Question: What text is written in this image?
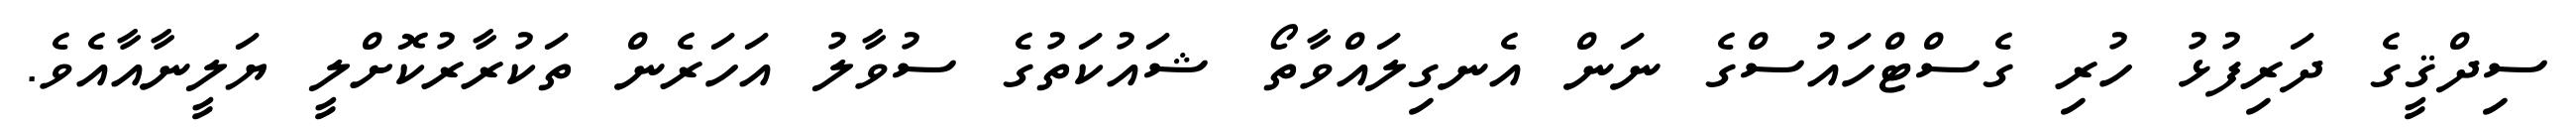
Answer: ސިދްޤީގެ ދަރިފުޅު ހުރި ގެސްޓްހައުސްގެ ނަން އެނގިލައްވާތޯ ޝައުކަތުގެ ސުވާލު އަހަރެން ތަކުރާރުކޮށްލީ ޔަލީނާއާއެވެ.